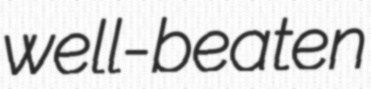
well-beaten